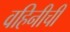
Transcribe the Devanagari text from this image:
वहिनीची